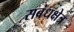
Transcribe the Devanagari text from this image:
सबंधक्षेत्र